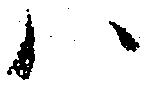
ハ